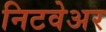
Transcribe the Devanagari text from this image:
निटवेअर